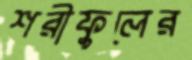
শরীফুলের